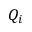
Q _ { i }